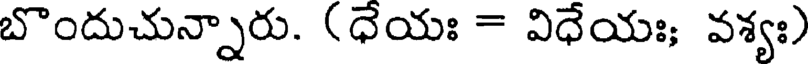
బొందుచున్నారు. (ధేయః = విధేయః; వశ్యః)